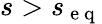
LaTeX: s>s_{\mathrm{~e~q~}}